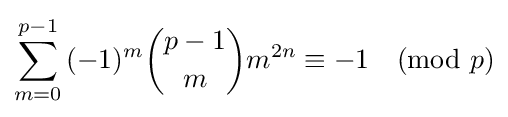
\sum _{m=0}^{p-1}{(-1)^{m}{p-1 \choose m}m^{2n}}\equiv {-1}{\pmod {p}}